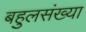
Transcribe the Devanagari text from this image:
बहुलसंख्या